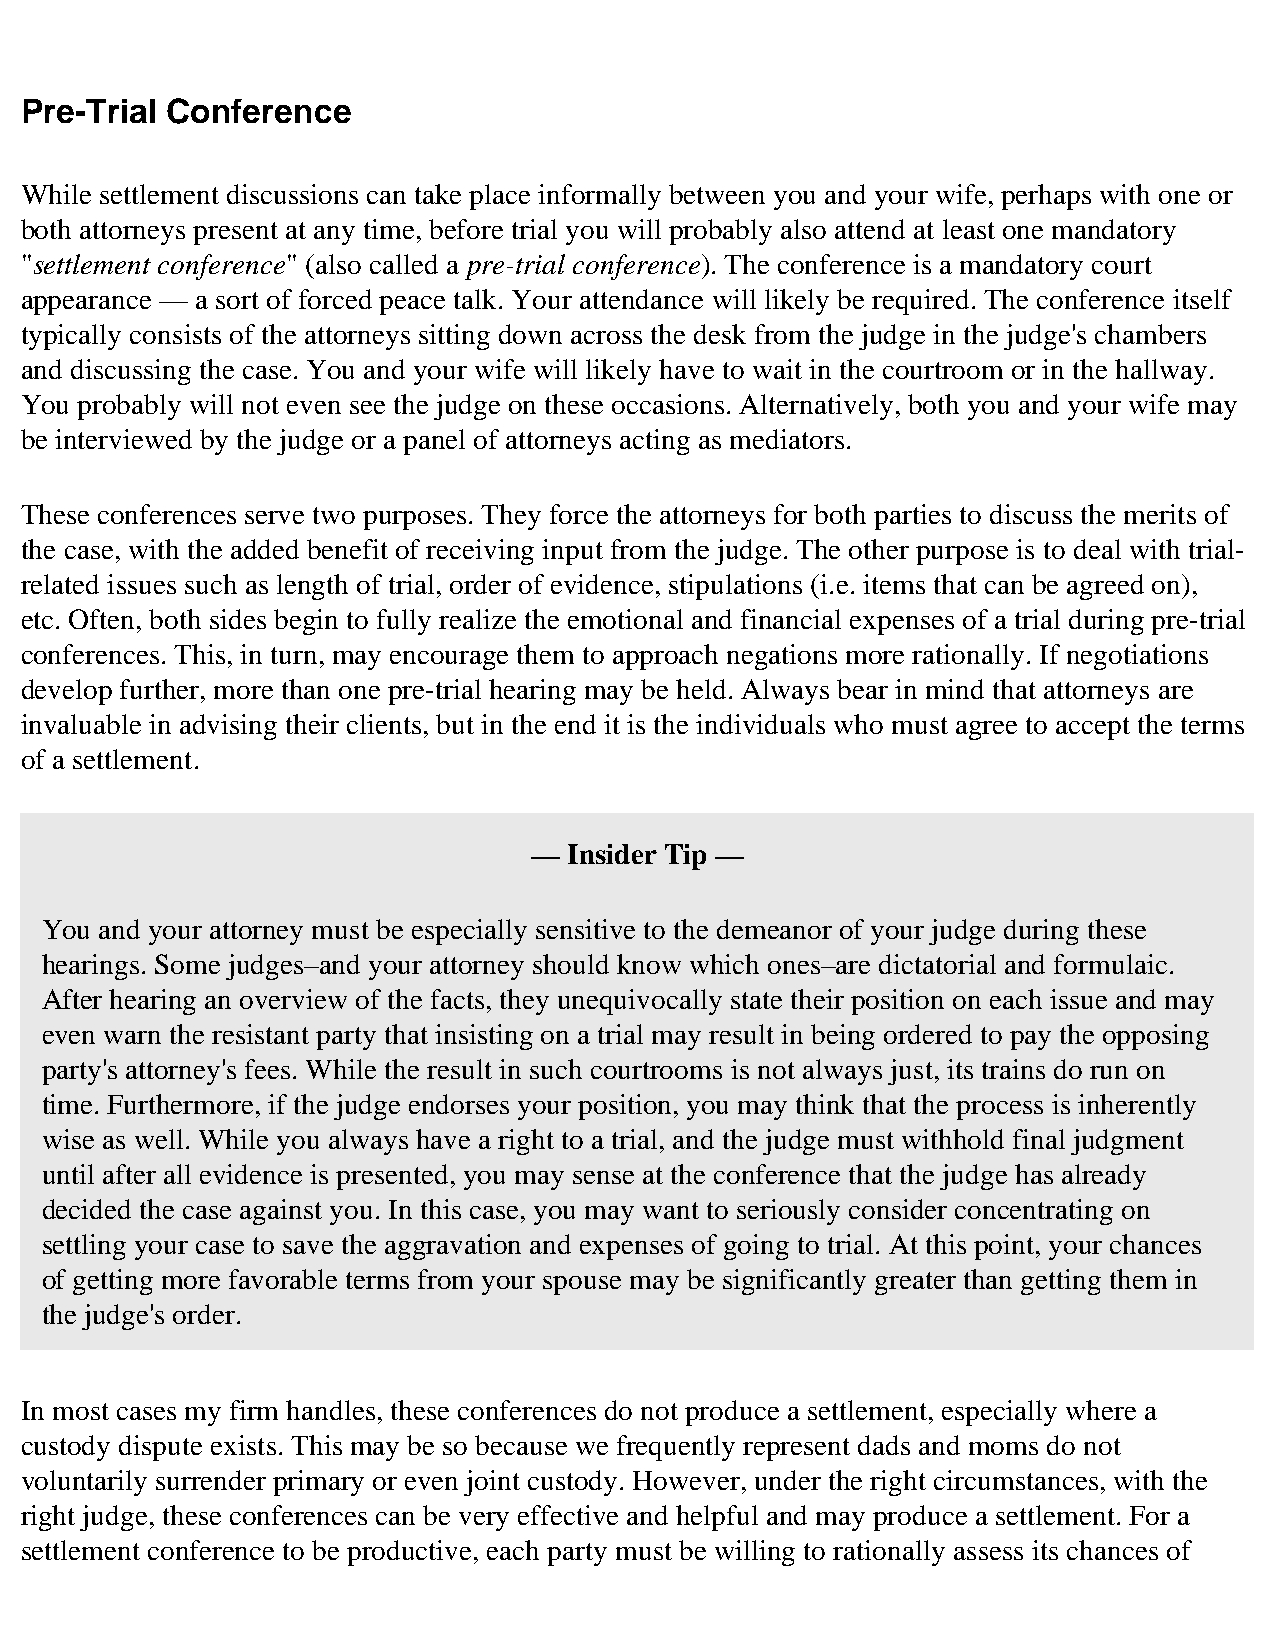
Pre-Trial Conference
 While settlement discussions can take place informally between you and your wife, perhaps with one or
 both attorneys present at any time, before trial you will probably also attend at least one mandatory
 "settlement conference" (also called a pre-trial conference). The conference is a mandatory court
 appearance — a sort of forced peace talk. Your attendance will likely be required. The conference itself
 typically consists of the attorneys sitting down across the desk from the judge in the judge's chambers
 and discussing the case. You and your wife will likely have to wait in the courtroom or in the hallway.
 You probably will not even see the judge on these occasions. Alternatively, both you and your wife may
 be interviewed by the judge or a panel of attorneys acting as mediators.
 These conferences serve two purposes. They force the attorneys for both parties to discuss the merits of
 the case, with the added benefit of receiving input from the judge. The other purpose is to deal with trial-
 related issues such as length of trial, order of evidence, stipulations (i.e. items that can be agreed on),
 etc. Often, both sides begin to fully realize the emotional and financial expenses of a trial during pre-trial
 conferences. This, in turn, may encourage them to approach negations more rationally. If negotiations
 develop further, more than one pre-trial hearing may be held. Always bear in mind that attorneys are
 invaluable in advising their clients, but in the end it is the individuals who must agree to accept the terms
 of a settlement.
 —  Insider Tip —
 You and your attorney must be especially sensitive to the demeanor of your judge during these
 hearings. Some judges–and your attorney should know which ones–are dictatorial and formulaic.
 After hearing an overview of the facts, they unequivocally state their position on each issue and may
 even warn the resistant party that insisting on a trial may result in being ordered to pay the opposing
 party's attorney's fees. While the result in such courtrooms is not always just, its trains do run on
 time. Furthermore, if the judge endorses your position, you may think that the process is inherently
 wise as well. While you always have a right to a trial, and the judge must withhold final judgment
 until after all evidence is presented, you may sense at the conference that the judge has already
 decided the case against you. In this case, you may want to seriously consider concentrating on
 settling your case to save the aggravation and expenses of going to trial. At this point, your chances
 of getting more favorable terms from your spouse may be significantly greater than getting them in
 the judge's order.
 In most cases my firm handles, these conferences do not produce a settlement, especially where a
 custody dispute exists. This may be so because we frequently represent dads and moms do not
 voluntarily surrender primary or even joint custody. However, under the right circumstances, with the
 right judge, these conferences can be very effective and helpful and may produce a settlement. For a
 settlement conference to be productive, each party must be willing to rationally assess its chances of